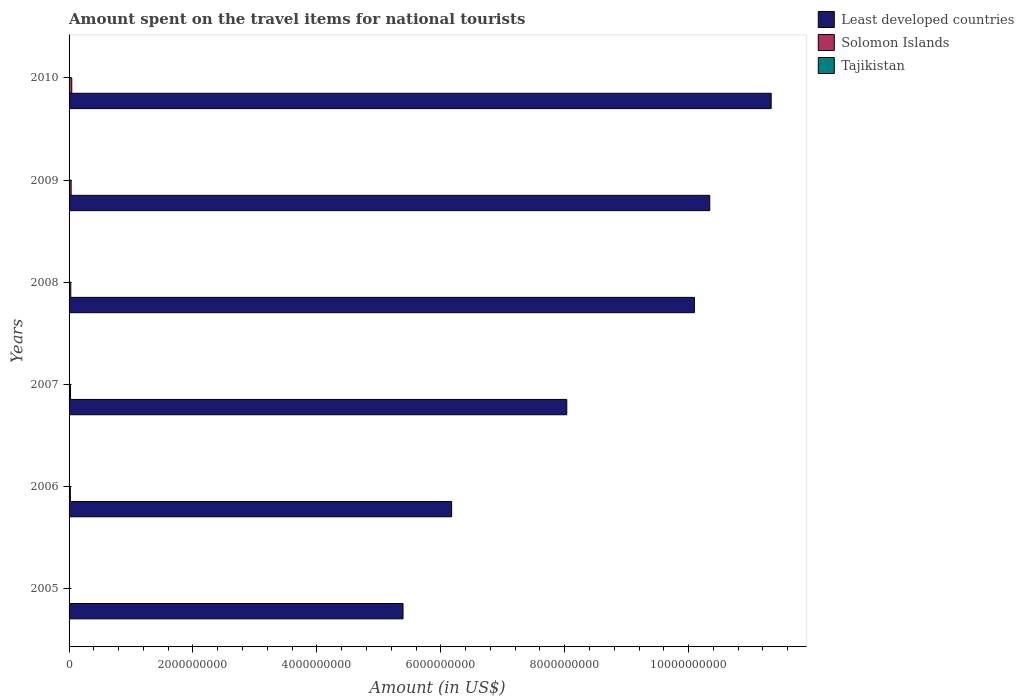
| Years | Least developed countries | Solomon Islands | Tajikistan |
 | --- | --- | --- | --- |
 | 2005 | 5.39e+09 | 1.6e+06 | 1.6e+06 |
 | 2006 | 6.17e+09 | 2.11e+07 | 2.1e+06 |
 | 2007 | 8.03e+09 | 2.26e+07 | 3.3e+06 |
 | 2008 | 1.01e+10 | 2.75e+07 | 4.2e+06 |
 | 2009 | 1.03e+10 | 3.34e+07 | 2.4e+06 |
 | 2010 | 1.13e+10 | 4.35e+07 | 4.5e+06 |